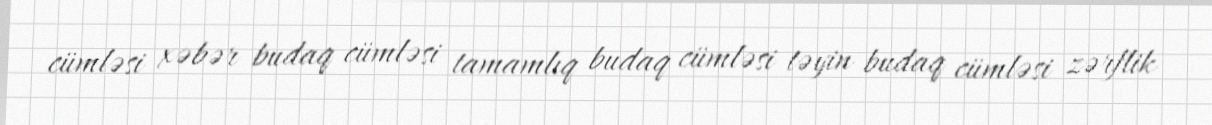
cümləsi xəbər budaq cümləsi tamamlıq budaq cümləsi təyin budaq cümləsi zərflik